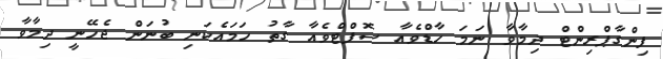
ފިންގާޕްރިންޓް ދިމާވާ ނަމަ ހާޑްވެއާ ސޮފްޓްވެއާ ގާތު ހަމައެކަނި ބުނަން ޖެހޭނީ ދިމާވާ